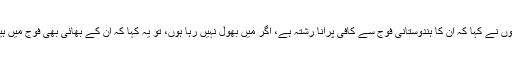
انہوں نے کہا کہ ان کا ہندوستانی فوج سے کافی پرانا رشتہ ہے، اگر میں بھول نہیں رہا ہوں، تو یہ کہا کہ ان کے بھائی بھی فوج میں ہیں۔